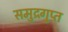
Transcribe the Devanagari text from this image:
समुद्रगुप्‍त